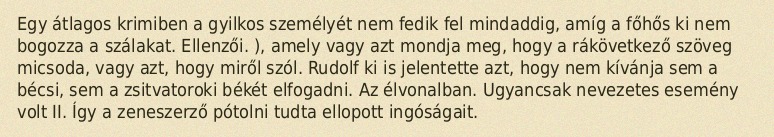
Egy átlagos krimiben a gyilkos személyét nem fedik fel mindaddig, amíg a főhős ki nem bogozza a szálakat. Ellenzői. ), amely vagy azt mondja meg, hogy a rákövetkező szöveg micsoda, vagy azt, hogy miről szól. Rudolf ki is jelentette azt, hogy nem kívánja sem a bécsi, sem a zsitvatoroki békét elfogadni. Az élvonalban. Ugyancsak nevezetes esemény volt II. Így a zeneszerző pótolni tudta ellopott ingóságait.